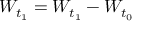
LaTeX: W _ { t _ { 1 } } = W _ { t _ { 1 } } - W _ { t _ { 0 } }